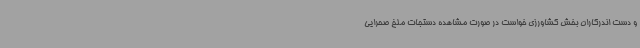
و دست اندرکاران بخش کشاورزی خواست در صورت مشاهده دستجات ملخ صحرایی